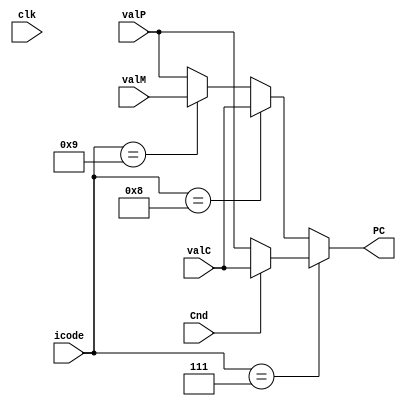
module PC_update(PC, icode, valP, valC, valM, Cnd, clk);
    output reg [63:0] PC;
    input [3:0] icode;
    input clk;
    input [63:0] valC;
    input [63:0] valP;
    input [63:0] valM;
    input Cnd;
    always @(*)
    begin
        if(icode == 7)
        begin
            if(Cnd == 1)
            begin
                PC=valC;
            end
            else
            begin
                PC = valP;
            end
        end
        else if(icode == 8)
        begin 
            PC = valC;
        end
        else if(icode == 9)
        begin
            PC=valM;
        end
        else
        begin
            PC = valP;
        end
    end
endmodule